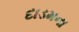
દાડમના